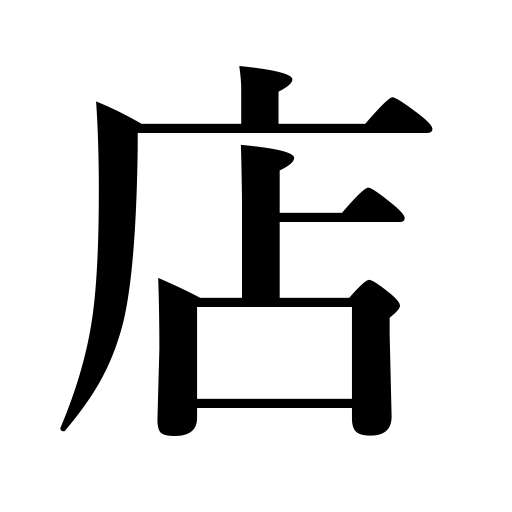
Meanings: shop,store,booth